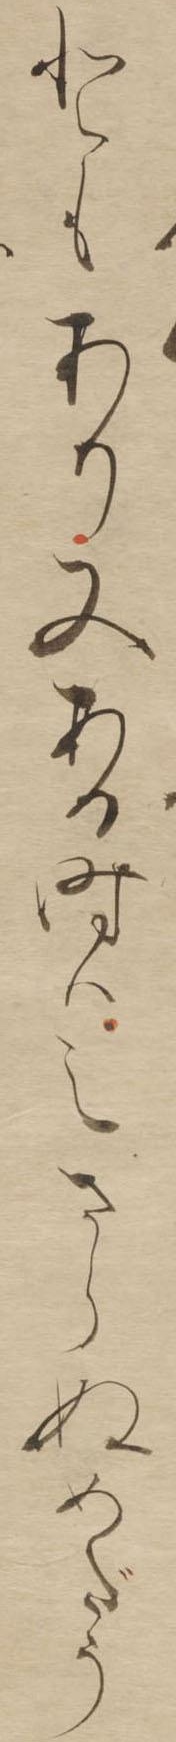
ともあり又ある時はえさらぬめだう